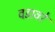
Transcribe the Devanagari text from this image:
वडावरे